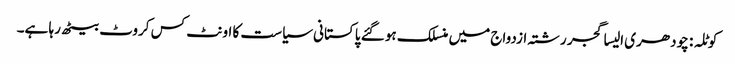
کوٹلہ : چودھری الیسا گجر رشتہ ازدواج میں منسلک ہو گئے	 پاکستانی سیاست کا اونٹ کس کروٹ بیٹھ رہا ہے۔